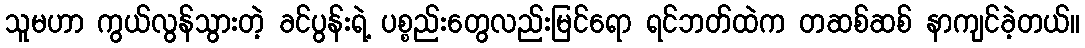
သူမဟာ ကွယ်လွန်သွားတဲ့ ခင်ပွန်းရဲ့ ပစ္စည်းတွေလည်းမြင်ရော ရင်ဘတ်ထဲက တဆစ်ဆစ် နာကျင်ခဲ့တယ်။